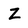
Character: Z